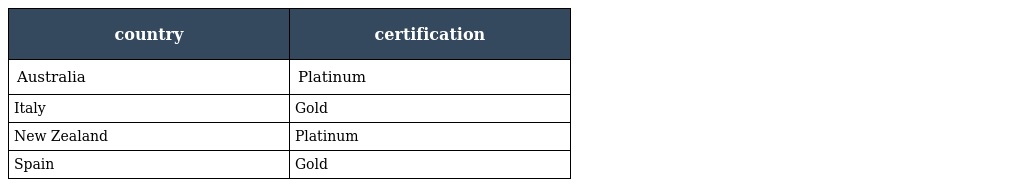
| country | certification |
 | --- | --- |
 | Australia | Platinum |
 | Italy | Gold |
 | New Zealand | Platinum |
 | Spain | Gold |